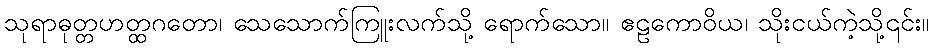
သုရာဓုတ္တဟတ္ထဂတော၊ သေသောက်ကြူးလက်သို့ ရောက်သော။ ဧဠကောဝိယ၊ သိုးငယ်ကဲ့သို့၎င်း။